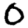
Digit: 0